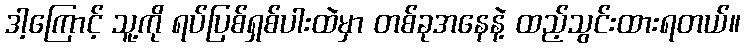
ဒါ့ကြောင့် သူ့ကို ရပ်ပြစ်ရှစ်ပါးထဲမှာ တစ်ခုအနေနဲ့ ထည့်သွင်းထားရတယ်။